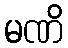
မဏိ